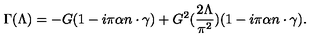
\Gamma ( \Lambda ) = - G ( 1 - i \pi \alpha n \cdot \gamma ) + G ^ { 2 } ( \frac { 2 \Lambda } { \pi ^ { 2 } } ) ( 1 - i \pi \alpha n \cdot \gamma ) .